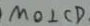
M O \bot C D